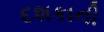
દશકાની